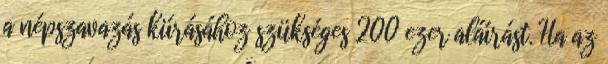
a népszavazás kiírásához szükséges 200 ezer aláírást. Ha az